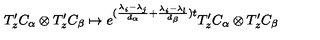
T _ { z } ^ { \prime } C _ { \alpha } \otimes T _ { z } ^ { \prime } C _ { \beta } \mapsto e ^ { ( \frac { \lambda _ { i } - \lambda _ { j } } { d _ { \alpha } } + \frac { \lambda _ { i } - \lambda _ { l } } { d _ { \beta } } ) t } T _ { z } ^ { \prime } C _ { \alpha } \otimes T _ { z } ^ { \prime } C _ { \beta }